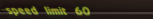
speed limit 60